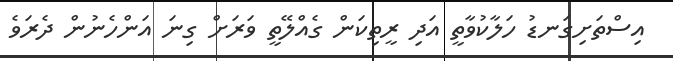
އިސްތަށިގަނޑު ހަލާކުވާތީ އަދި ރީތިކަން ގެއްލޭތީ ވަރަށް ގިނަ އަންހެނުން ދެރަވެ